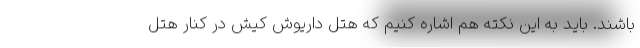
باشند. باید به این نکته هم اشاره کنیم که هتل داریوش کیش در کنار هتل